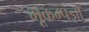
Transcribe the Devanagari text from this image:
भूकम्पज्ञों